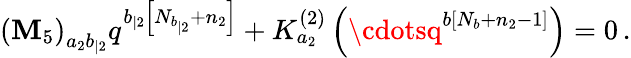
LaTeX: \left(\mathbf{M}_{5}\right)_{a_{2}b_{|2}}q^{b_{|2}\left[N_{b_{|2}}+n_{2}\right]}+K_{a_{2}}^{\left(2\right)}\left(\cdotsq^{b\left[N_{b}+n_{2}-1\right]}\right)=0\, .